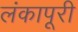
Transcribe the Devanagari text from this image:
लंकापूरी